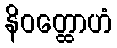
နိဝတ္ထောဟံ